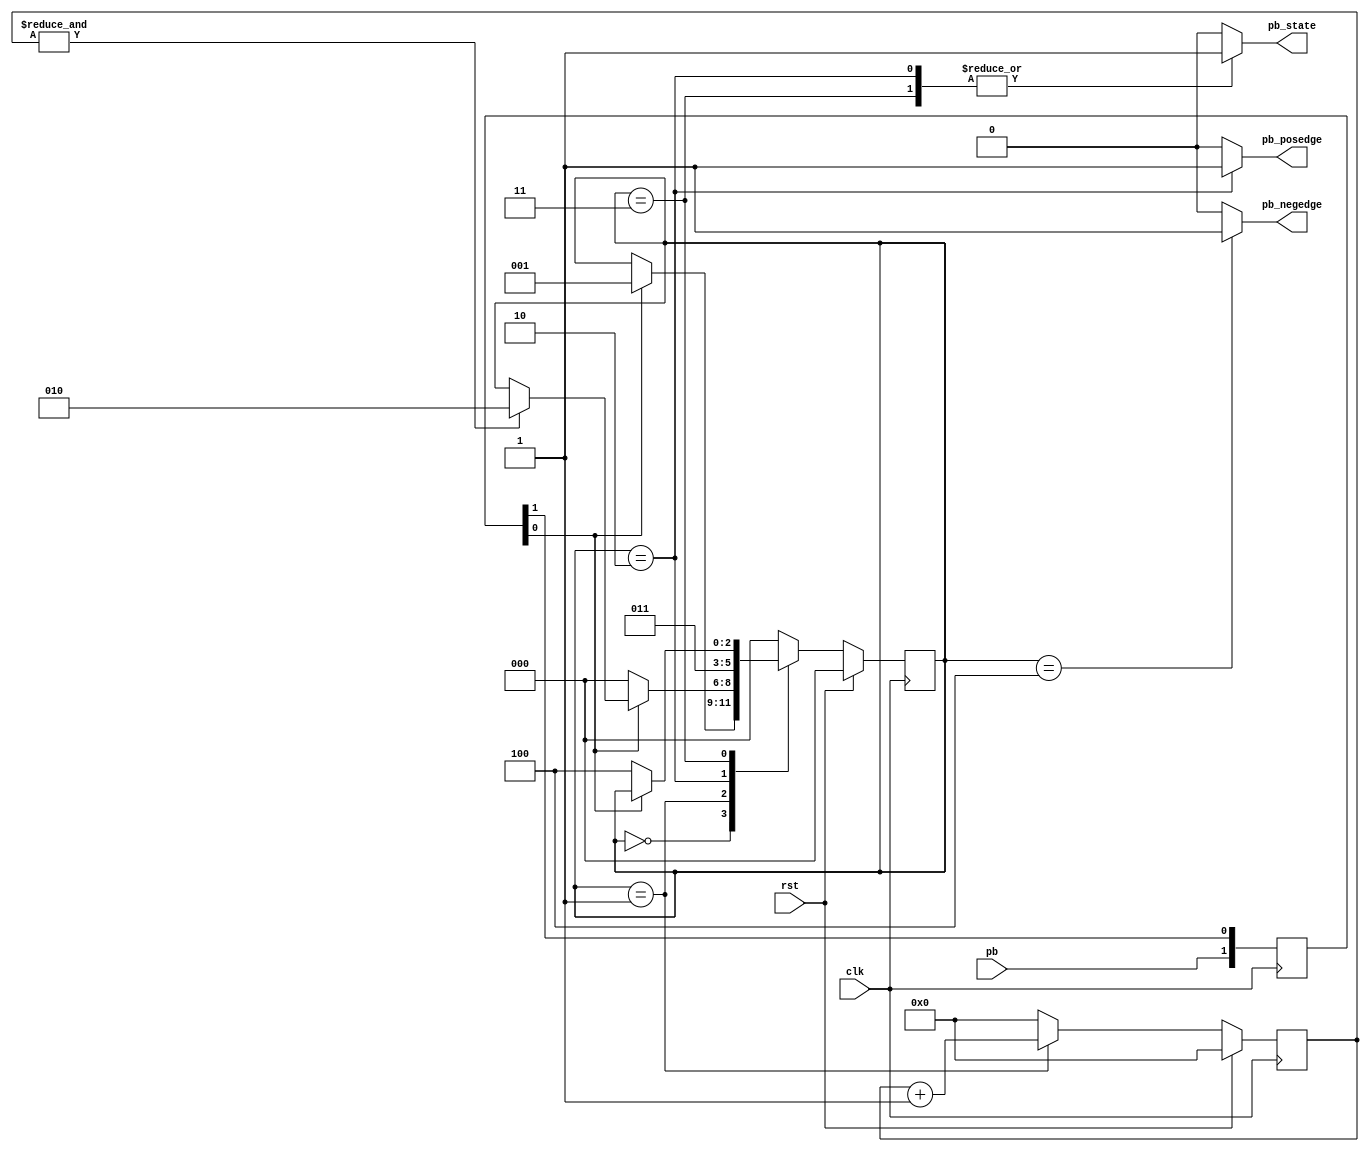
`timescale 1ns / 1ps

module pb_debouncer
#(
	parameter COUNTER_WIDTH = 16
)(
	input clk,
	input rst,
	input pb,
	output reg pb_state,
	output reg pb_negedge,
	output reg pb_posedge
);

	localparam PB_IDLE   = 3'b000;
	localparam PB_COUNT  = 3'b001;
	localparam PB_PE     = 3'b010;
	localparam PB_STABLE = 3'b011;
	localparam PB_NE     = 3'b100;

	localparam COUNTER_MSB = COUNTER_WIDTH - 1;

	reg [2:0] button_state, button_state_next = PB_IDLE;
	reg [COUNTER_MSB:0] pb_cnt, pb_cnt_next;

	reg [1:0] pb_sync_sr; /* Flip Flops para sincronizar. */
	wire pb_sync = pb_sync_sr[0];

	wire pb_cnt_max = &pb_cnt;

	always @(posedge clk)
		pb_sync_sr <= {pb, pb_sync_sr[1]};

	/* Etapa combinacional para el cambio de estado. */
	always @(*) begin
		button_state_next = button_state;

		case (button_state)
		PB_IDLE:
			if (pb_sync == 1'b1)
				button_state_next = PB_COUNT;
		PB_COUNT:
			if (pb_sync == 1'b0)
				button_state_next = PB_IDLE;
			else if (pb_cnt_max == 1'b1)
				button_state_next = PB_PE;
		PB_PE:
			button_state_next = PB_STABLE;
		PB_STABLE:
			if (pb_sync == 1'b0)
				button_state_next = PB_NE;
		PB_NE:
			button_state_next = PB_IDLE;
		default:
			button_state_next = PB_IDLE;
		endcase
	end

	/* Etapa combinacional de las salidas y contador. */
	always @(*) begin
		pb_state = 1'b0;
		pb_negedge = 1'b0;
		pb_posedge = 1'b0;
		pb_cnt_next = 'd0;

		case (button_state)
		PB_STABLE:
			pb_state = 1'b1;
		PB_COUNT:
			pb_cnt_next = pb_cnt + 'd1;
		PB_PE: begin
			pb_state = 1'b1;
			pb_posedge = 1'b1;
		end
		PB_NE:
			pb_negedge = 1'b1;
		endcase
	end

	/* Registrando el estado. */
	always @(posedge clk)
		if (rst)
			button_state <= PB_IDLE;
		else
			button_state <= button_state_next;

	/* Registrando el contador. */
	always @(posedge clk)
		if (rst)
			pb_cnt <= 'd0;
		else
			pb_cnt <= pb_cnt_next;

endmodule